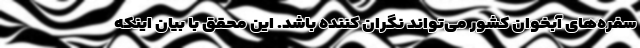
سفره‌های آبخوان کشور می‌تواند نگران کننده باشد. این محقق با بیان اینکه